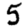
Digit: 5